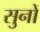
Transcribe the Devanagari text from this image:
सुनों